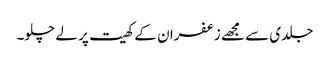
جلدی سے مجھے زعفران کے کھیت پر لے چلو۔